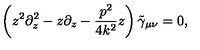
\left( z ^ { 2 } \partial _ { z } ^ { 2 } - z \partial _ { z } - \frac { p ^ { 2 } } { 4 k ^ { 2 } } z \right) \tilde { \gamma } _ { \mu \nu } = 0 ,